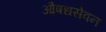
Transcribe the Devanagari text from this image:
औषधसेवन